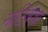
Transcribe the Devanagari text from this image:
नाटिकेचा